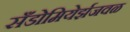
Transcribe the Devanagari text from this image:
सँडोमियेर्झजवळ